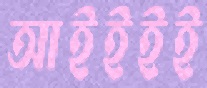
আইইইই